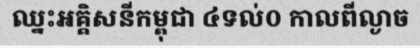
ឈ្នះអគ្គិសនីកម្ពុជា ៤ទល់០ កាលពីល្ងាច